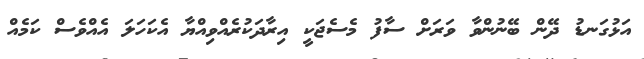
އަޅުގަނޑު ދޭން ބޭނުންވާ ވަރަށް ސާފު މެސެޖަކީ އިރާދަކުރެއްވިއްޔާ އެކަހަލަ އެއްވެސް ކަމެއް